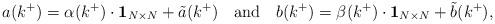
LaTeX: \begin{align*}a(k^+) = \alpha (k^+)\cdot \mbox{${\bf 1}_{N\times N}$} + {\tilde a}(k^+) \hspace{4mm} \mbox{and} \hspace{4mm} b(k^+) = \beta (k^+)\cdot \mbox{${\bf 1}_{N\times N}$} + {\tilde b}(k^+),\end{align*}